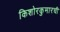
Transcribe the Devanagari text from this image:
किशोरकुमारची